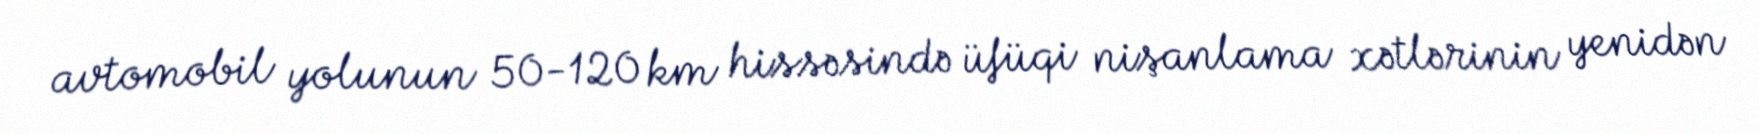
avtomobil yolunun 50-120 km hissəsində üfüqi nişanlama xətlərinin yenidən